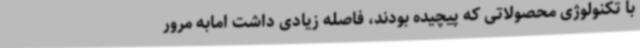
با تکنولوژی محصولاتی که پیچیده بودند، فاصله زیادی داشت امابه مرور